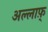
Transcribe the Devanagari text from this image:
अल्लाफ़्‌